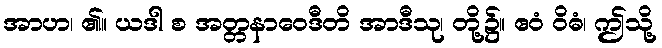
အာဟ၊ ၏။ ယဒါ စ အတ္တနာဝေဒီတိ အာဒီသု၊ တို့၌။ ဧဝံ ဝိဓံ၊ ဤသို့